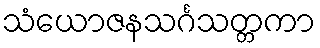
သံယောဇနသင်္ဂသတ္တကာ